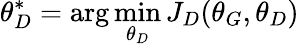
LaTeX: \theta_{D}^{*}=\arg\operatorname*{min}_{\theta_{D}}J_{D}(\theta_{G},\theta_{D})